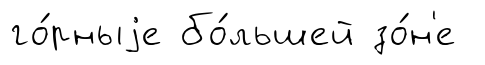
го́рныjе бо́льшей зо́н'е